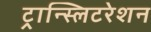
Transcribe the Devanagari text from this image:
ट्रान्स्लिटरेशन